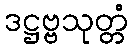
ဒဋ္ဌဗ္ဗသုတ္တံ